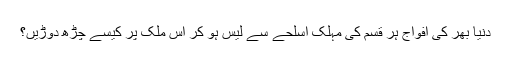
دنیا بھر کی افواج ہر قسم کی مہلک اسلحے سے لیس ہو کر اِس ملک پر کیسے چڑھ دوڑیں؟